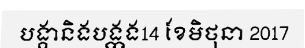
បង្គានិងបង្កង14 ខែមិថុនា 2017